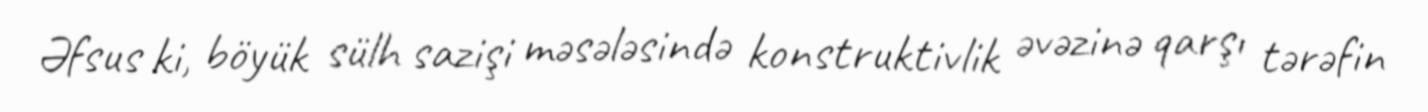
Əfsus ki, böyük sülh sazişi məsələsində konstruktivlik əvəzinə qarşı tərəfin